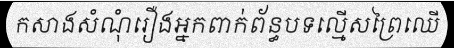
កសាងសំណុំរឿងអ្នកពាក់ព័ន្ធបទល្មើសព្រៃឈើ